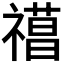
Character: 𥛼